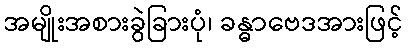
အမျိုးအစားခွဲခြားပုံ၊ ခန္ဓာဗေဒအားဖြင့်